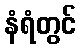
နံရံတွင်